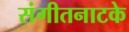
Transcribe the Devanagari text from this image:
संगीतनाटके